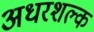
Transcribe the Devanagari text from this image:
अधरशल्क